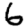
Digit: 6